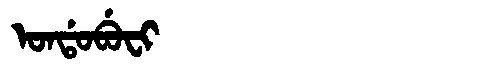
Manchu: ᠣᠨᡩᠣᠪᡠᠸᡳ
Romanization: ONDOBUFI